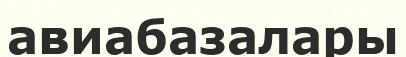
авиабазалары